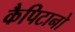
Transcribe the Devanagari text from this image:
कैपिटानो